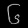
Digit: ၆